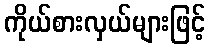
ကိုယ်စားလှယ်များဖြင့်